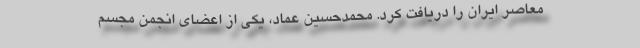
معاصر ایران را دریافت کرد. محمدحسین عماد، یکی از اعضای انجمن مجسم